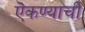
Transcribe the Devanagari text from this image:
ऎकण्याची